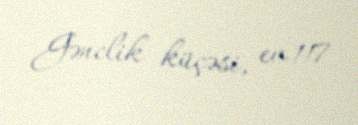
Gənclik küçəsi, ev 117